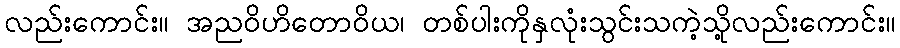
လည်းကောင်း။ အညဝိဟိတောဝိယ၊ တစ်ပါးကိုနှလုံးသွင်းသကဲ့သို့လည်းကောင်း။